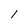
Character: I